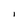
Character: I